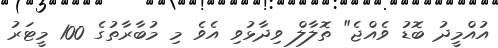
އުއްމީދު ބޮޑު ވެއްޖެ" ތޮލާލް ވިދާޅުވި އެވެ މި މުބާރާތުގެ 100 މީޓަރު